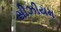
સીઝીયમ